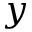
y